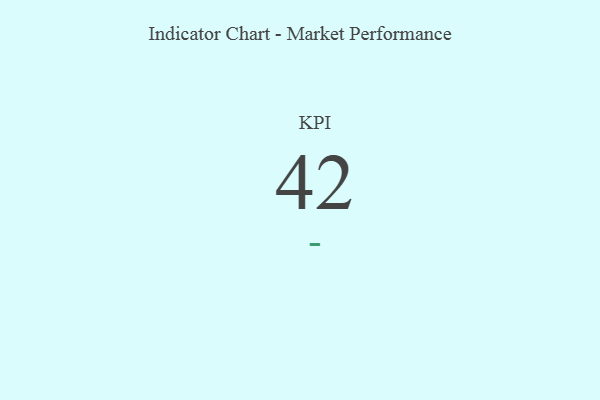
{"axis": {"x": "KPI", "y": "Value"}, "legend": [""], "data": [{"x": "KPI", "y": 42, "type": ""}]}